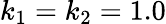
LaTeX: k_{1}=k_{2}=1.0